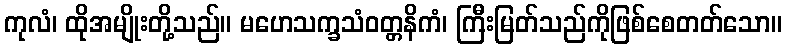
ကုလံ၊ ထိုအမျိုးတို့သည်။ မဟေသက္ခသံဝတ္တနိကံ၊ ကြီးမြတ်သည်ကိုဖြစ်စေတတ်သော။